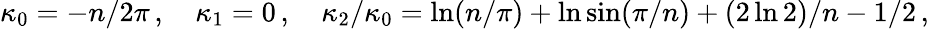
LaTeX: \kappa_{0}=-n/2\pi\, ,\quad\kappa_{1}=0\, ,\quad\kappa_{2}/\kappa_{0}=\ln(n/\pi)+\ln\sin(\pi/n)+(2\ln 2)/n-1/2\, ,